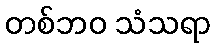
တစ်ဘဝ သံသရာ